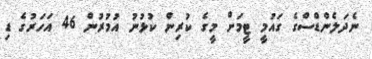
ނެދަލެންޑްސްގެ ގައުމީ ޓީމަށް މީގެ ކުރިން ކުޅުނު އުމުރުން 46 އަހަރުގެ ޑި